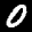
Label: 0